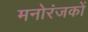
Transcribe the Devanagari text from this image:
मनोरंजकों